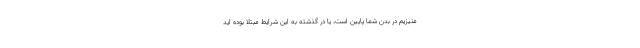
منیزیم در بدن شما پایین است، یا در گذشته به این شرایط مبتلا بوده اید